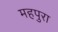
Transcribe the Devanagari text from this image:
महपुरा